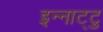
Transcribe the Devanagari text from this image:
इन्नाट्टु